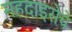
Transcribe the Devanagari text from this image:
महदाइसेचे